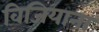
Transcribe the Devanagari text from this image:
विजियाना